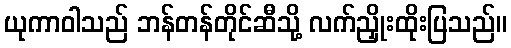
ယုကာဝါသည် ဘန်တန်တိုင်ဆီသို့ လက်ညှိုးထိုးပြသည်။